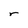
Character: r